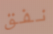
نفق